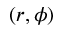
( r , \phi )